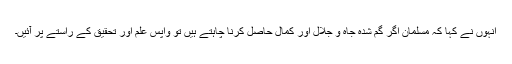
انہوں نے کہا کہ مسلمان اگر گم شدہ جاہ و جلال اور کمال حاصل کرنا چاہتے ہیں تو واپس علم اور تحقیق کے راستے پر آئیں۔